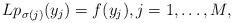
LaTeX: \begin{align*}Lp_{\sigma(j)}(y_j)=f(y_j),j=1,\ldots,M,\end{align*}